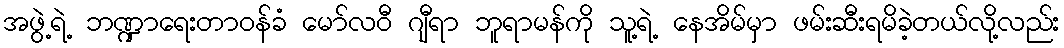
အဖွဲ့ရဲ့ ဘဏ္ဍာရေးတာဝန်ခံ မော်လဝီ ဂျီရာ ဘူရာမန်ကို သူ့ရဲ့ နေအိမ်မှာ ဖမ်းဆီးရမိခဲ့တယ်လို့လည်း